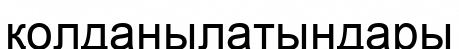
қолданылатындары